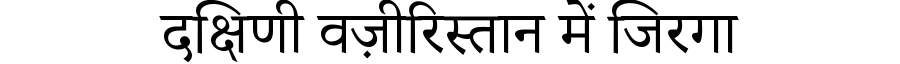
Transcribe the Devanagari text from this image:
दक्षिणी वज़ीरिस्तान में जिरगा